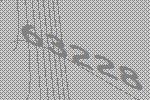
63228